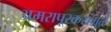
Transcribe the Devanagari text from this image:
अमरापूूरकरांमुळे